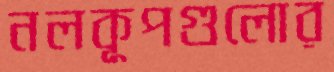
নলকূপগুলোর